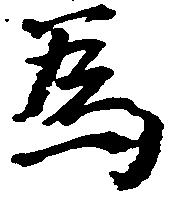
為